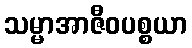
သမ္မာအာဇီဝပစ္စယာ